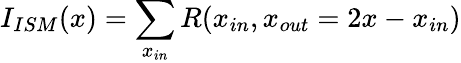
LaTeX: I_{ISM}(x)=\sum_{x_{in}}R(x_{in},x_{out}=2x-x_{in})